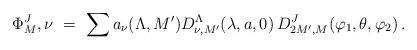
LaTeX: \begin{align*} \Phi^J_M,\nu\ =\ \sum a_\nu(\Lambda,M')D^\Lambda_{\nu,M'}(\lambda,a,0)\,D^J_{2M',M} (\varphi_1,\theta,\varphi_2)\,. \end{align*}